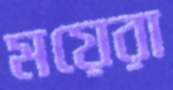
ময়েরা